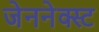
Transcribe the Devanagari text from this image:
जेननेक्स्ट